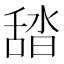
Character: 𦧟